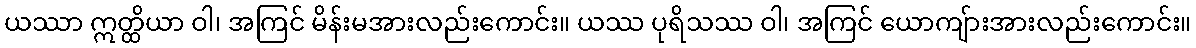
ယဿာ ဣတ္ထိယာ ဝါ၊ အကြင် မိန်းမအားလည်းကောင်း။ ယဿ ပုရိသဿ ဝါ၊ အကြင် ယောကျ်ားအားလည်းကောင်း။